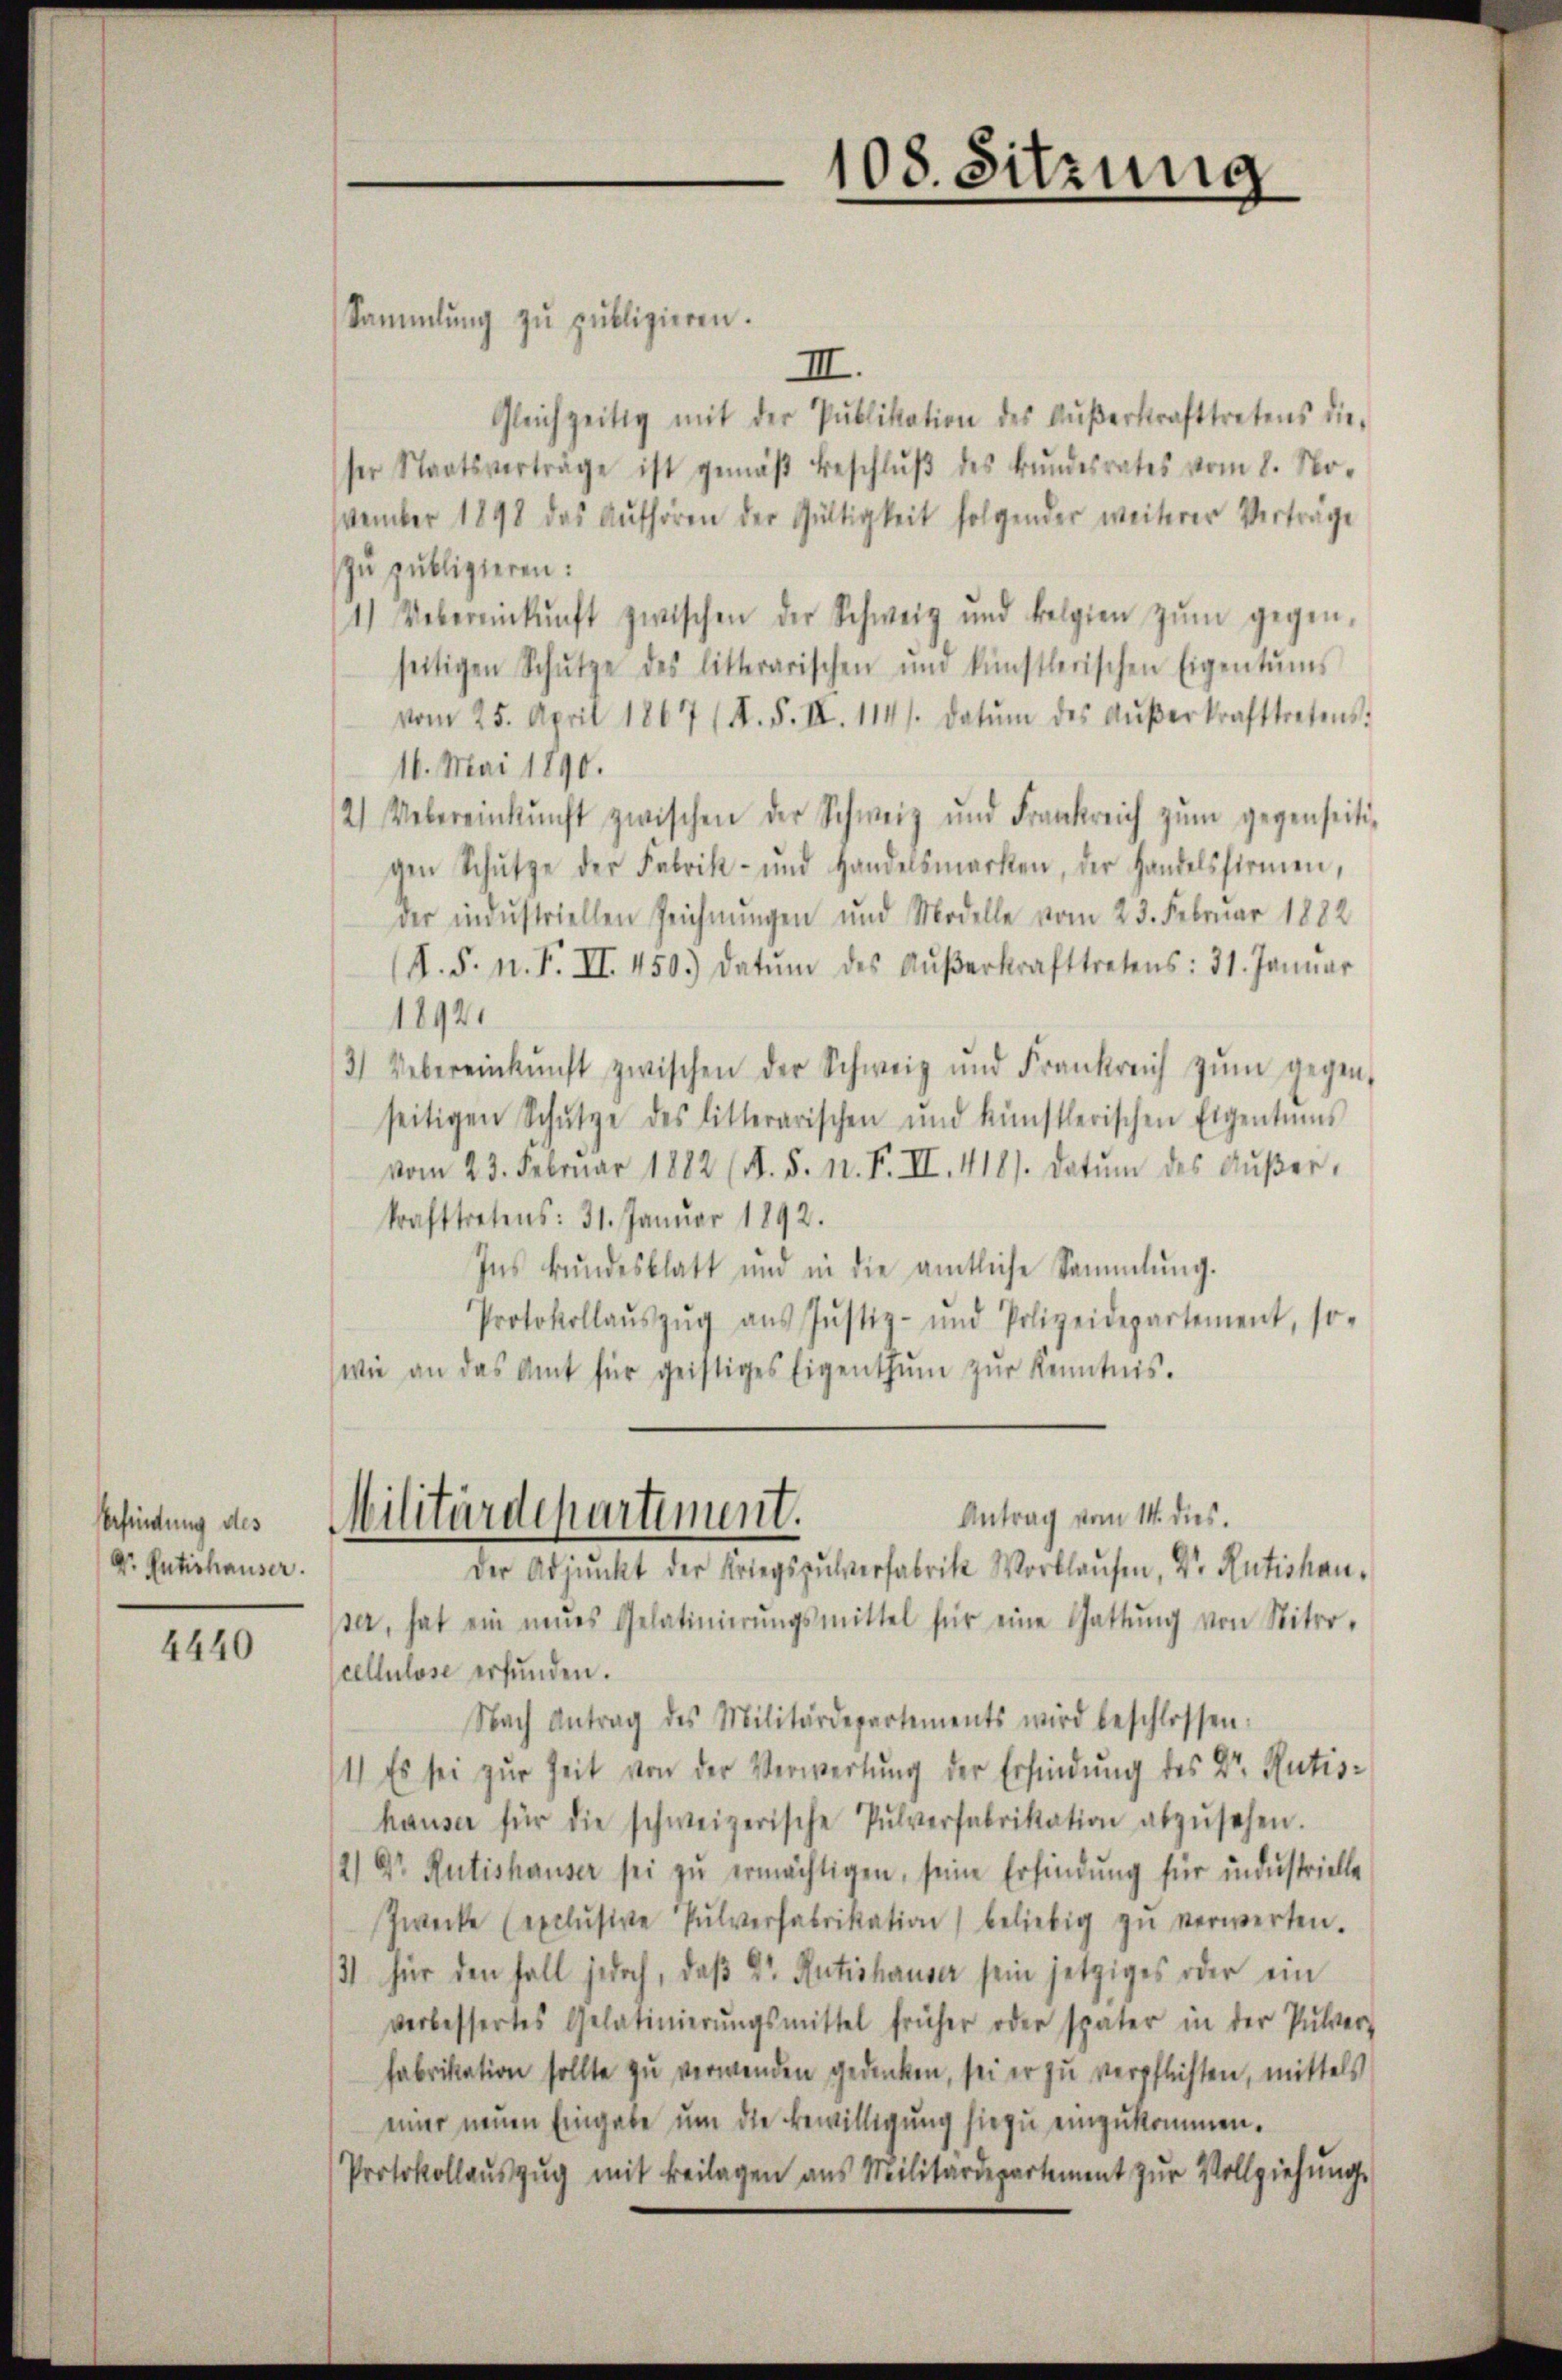
Verfindung des
Dr. Enterhauser.

4440

Sammlung zŭ publizieren.
III.
Gleichzeitig mit der Publikation des Aŭβerkrafttretens die-
ser Staatsverträge ist gemäβ beschlŭβ des Bŭndesrates vom 8. No-
vember 1898 das Aufhören der Gültigkeit folgender weiterer Verträge
zu publizieren:
1.) Uebereinkunft zwischen der Schweiz und belgien zŭm gegen-
seitigen Schŭtze des litterarischen und künstlerischen Eigentums
vom 25. April 1867 (N. F. III. 114. datum des Aŭβerkrafttretens:
16. Mai 1890.
2. Uebereinkunft zwischen der Schweiz und Frankreich zŭm gegenseitigen Schütze der Fabrik- und Handelsmarken, der Handelsfirmen,
der industriellen Reichnŭngen und Modelle vom 23. Februar 1882
(S.S. n. F. II. 450.) Datŭm des Aŭβerkrafttretens: 31. Janŭar
1892
3) Uebereinkunft zwischen der Schweiz und Frankreich zŭm gegen-
seitigen Schŭtze des litterarischen und künstlerischen Eigentums
vom 23. Februar 1882 (N. 5. N. F. II. 418. datŭm des Aŭβer-
krafttretens: 31. Januar 1892.
Ins Bŭndesblatt und in die amtliche Sammlung.
Protokollaŭszŭg aŭs Jŭstiz- und Polizeidepartement, so-
wie an das Amt für geistiges Eigenthŭm zŭr Kenntnis.

108. Sitzung

ser, hat ein neŭes Gelatinierŭngsmittel für eine Gattŭng von Niter-
cellulose erfunden.
Nach Antrag des Militärdepartements wird beschlossen:
11) Es sei zur Zeit von der Verwertung der Erfindung des Dr. Rütis-
hauser für die schweizerische Pŭlverfabrikation abzŭsehen.
2) Dr. Rütishauser sei zŭ ermächtigen, seine Erfindŭng für industrielle
Zwecke (exclŭsive Pŭlverfabrikation) beliebig zŭ verwerten.
3) für den Fall jedoch, daß Dr. Rutishauser sein jetziges oder ein
verbessertes Gelatinierŭngsmittel früher oder später in der Pulver-
fabrikation sollte zu verwenden gedenken, sei er zu verpflichten, mittels
einer neuen Eingabe um die Bewilligung hiezu einzukommen.
Protokollaŭszŭg mit Beilagen aus Militärdepartement zŭr Vollziehŭng.

Antrag vom 14. dies
Militärdepartement.
Der Adjunkt der Kriegspulverfabrik Wortlaufen, Dr. Rütishau¬